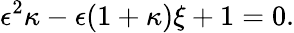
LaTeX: \epsilon^{2}\kappa-\epsilon(1+\kappa)\xi+1=0.